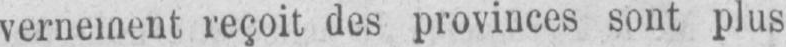
reçoit des provinces sont plus